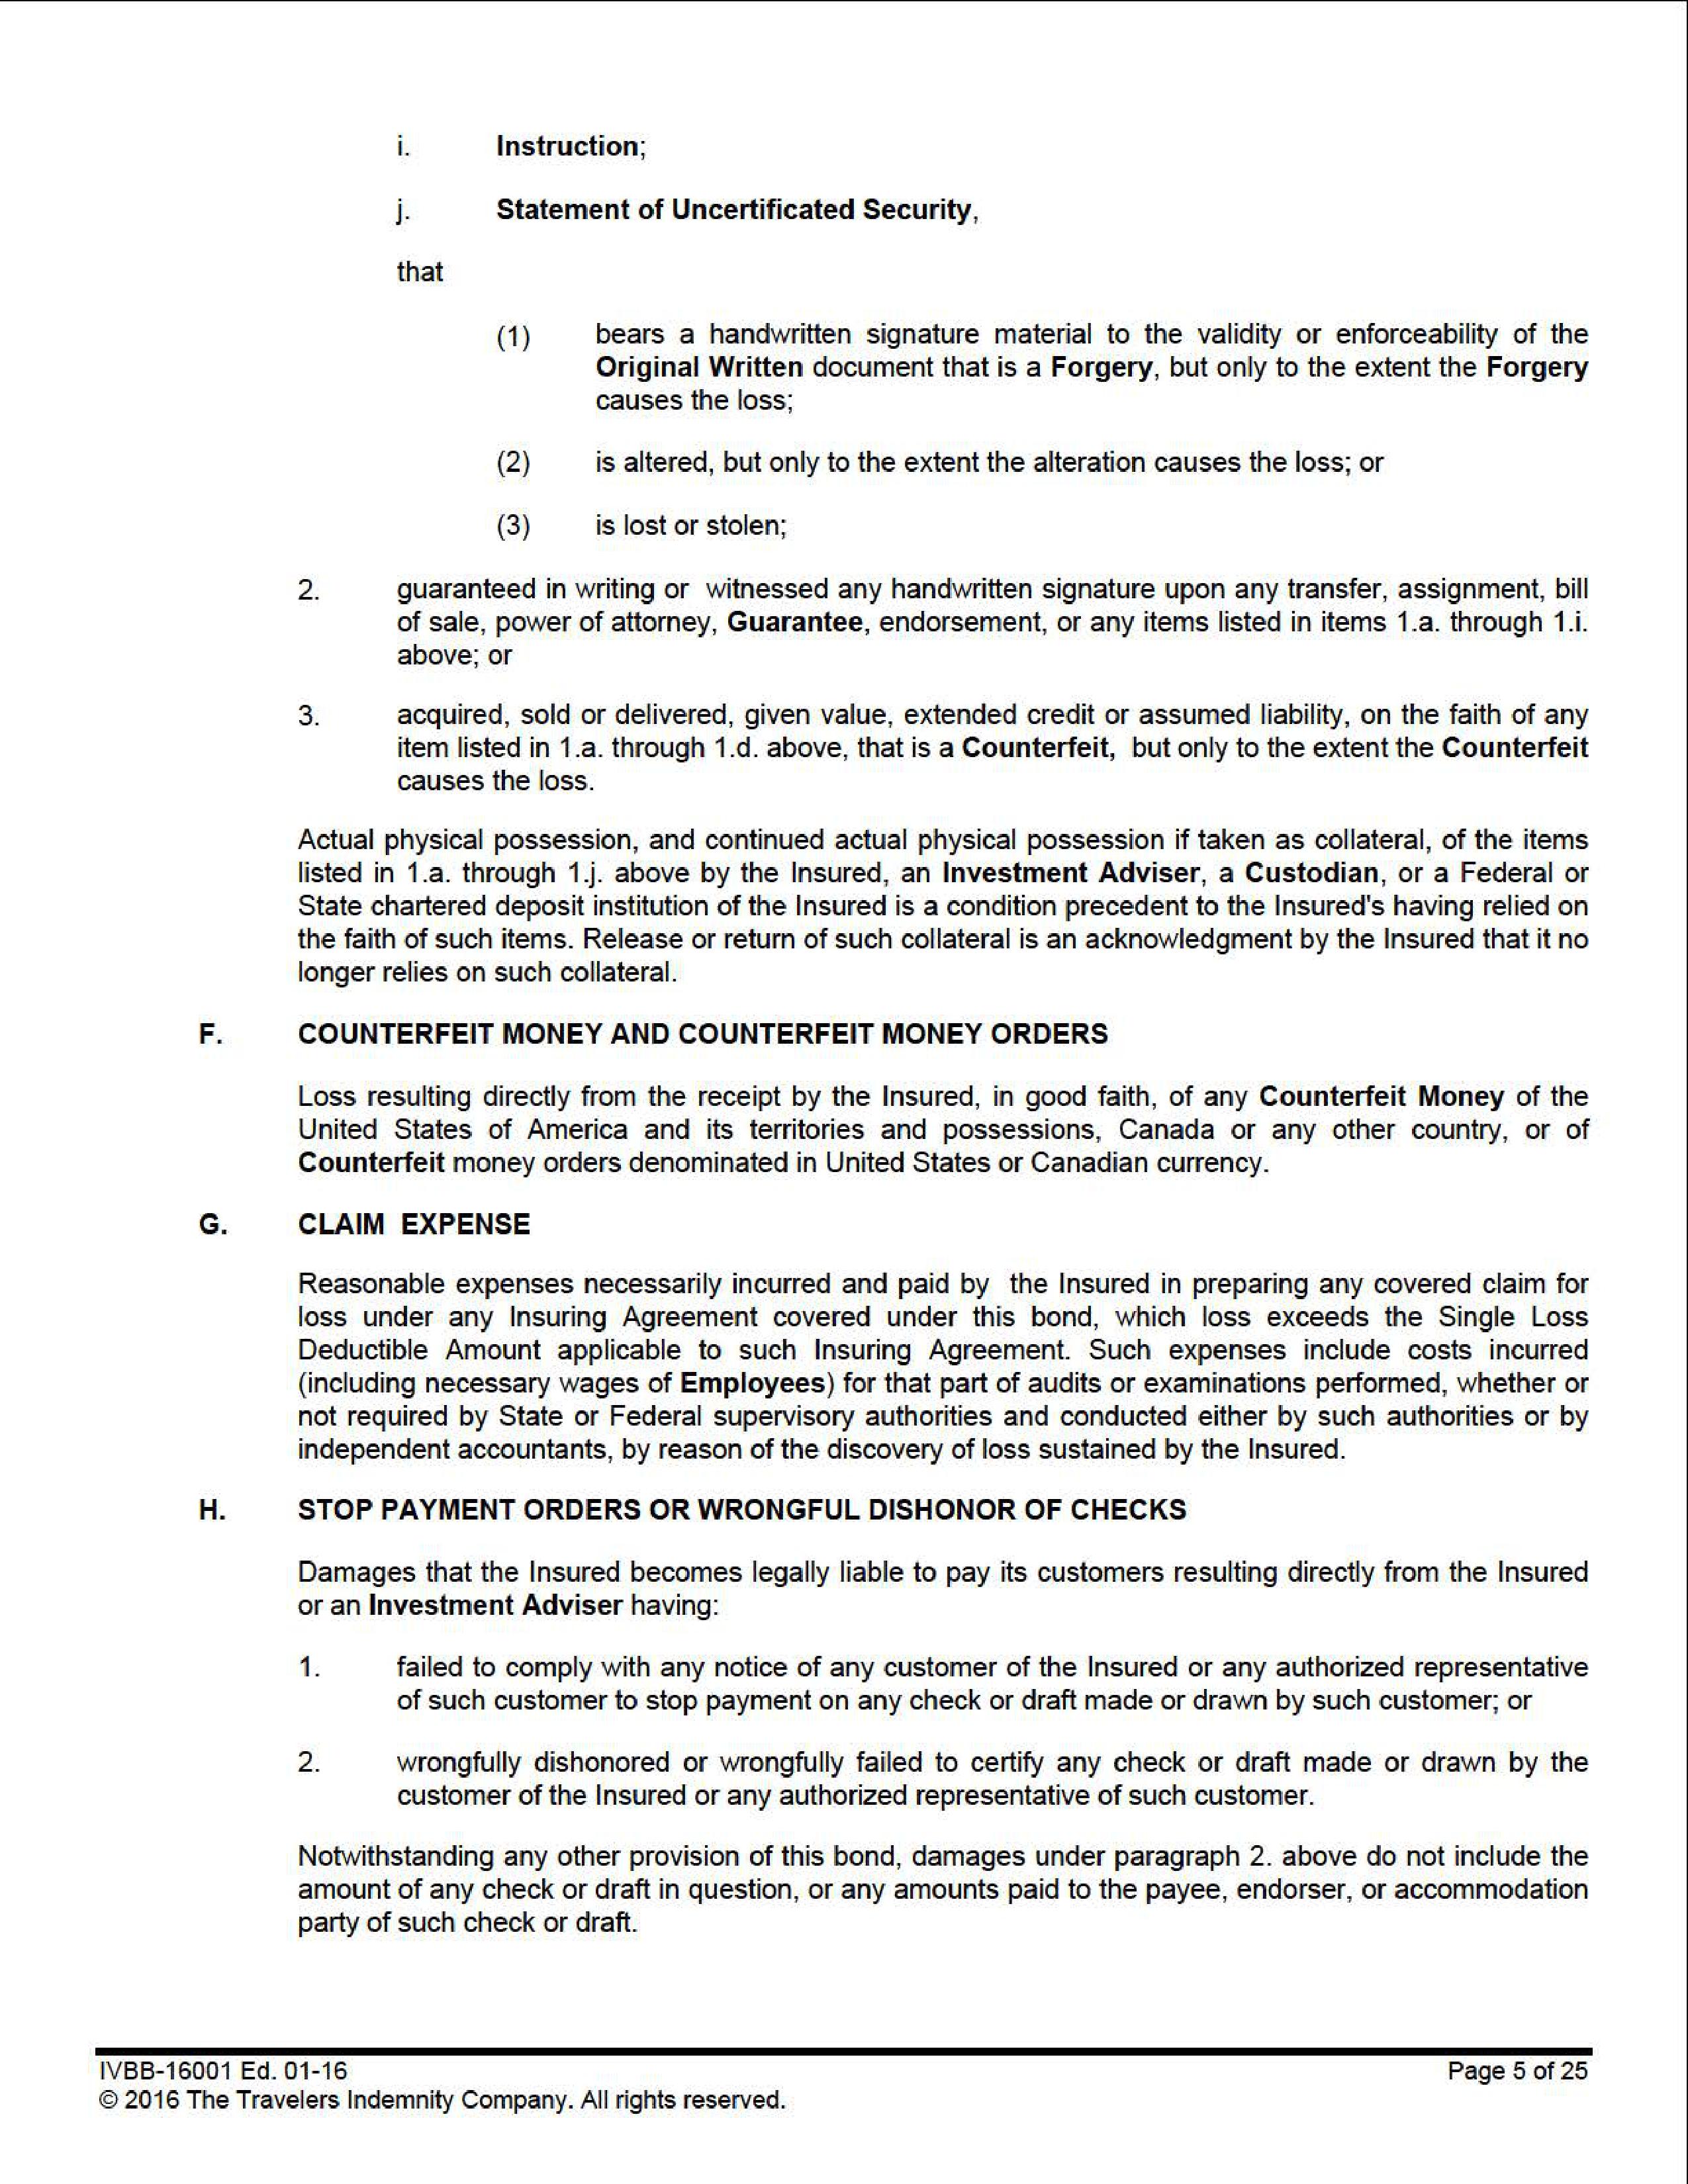
i.      Instruction;

j.      Statement of Uncertificated Security,

that

        (1)     bears a handwritten signature material to the validity or enforceability of the
                Original Written document that is a Forgery, but only to the extent the Forgery
                causes the loss;

        (2)     is altered, but only to the extent the alteration causes the loss; or

        (3)     is lost or stolen;

2.      guaranteed in writing or witnessed any handwritten signature upon any transfer, assignment, bill
        of sale, power of attorney, Guarantee, endorsement, or any items listed in items 1.a. through 1.i.
        above; or

3.      acquired, sold or delivered, given value, extended credit or assumed liability, on the faith of any
        item listed in 1.a. through 1.d. above, that is a Counterfeit, but only to the extent the Counterfeit
        causes the loss.

Actual physical possession, and continued actual physical possession if taken as collateral, of the items
listed in 1.a. through 1.j. above by the Insured, an Investment Adviser, a Custodian, or a Federal or
State chartered deposit institution of the Insured is a condition precedent to the Insured’s having relied on
the faith of such items. Release or return of such collateral is an acknowledgment by the Insured that it no
longer relies on such collateral.

F.      COUNTERFEIT MONEY AND COUNTERFEIT MONEY ORDERS

Loss resulting directly from the receipt by the Insured, in good faith, of any Counterfeit Money of the
United States of America and its territories and possessions, Canada or any other country, or of
Counterfeit money orders denominated in United States or Canadian currency.

G.      CLAIM EXPENSE

Reasonable expenses necessarily incurred and paid by the Insured in preparing any covered claim for
loss under any Insuring Agreement covered under this bond, which loss exceeds the Single Loss
Deductible Amount applicable to such Insuring Agreement. Such expenses include costs incurred
(including necessary wages of Employees) for that part of audits or examinations performed, whether or
not required by State or Federal supervisory authorities and conducted either by such authorities or by
independent accountants, by reason of the discovery of loss sustained by the Insured.

H.      STOP PAYMENT ORDERS OR WRONGFUL DISHONOR OF CHECKS

Damages that the Insured becomes legally liable to pay its customers resulting directly from the Insured
or an Investment Adviser having:

1.      failed to comply with any notice of any customer of the Insured or any authorized representative
        of such customer to stop payment on any check or draft made or drawn by such customer; or

2.      wrongfully dishonored or wrongfully failed to certify any check or draft made or drawn by the
        customer of the Insured or any authorized representative of such customer.

Notwithstanding any other provision of this bond, damages under paragraph 2. above do not include the
amount of any check or draft in question, or any amounts paid to the payee, endorser, or accommodation
party of such check or draft.

IVBB-16001 Ed. 01-16                                                              Page 5 of 25
© 2016 The Travelers Indemnity Company. All rights reserved.